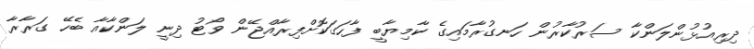
ދިރިއުޅުންލަންކާ ސަރުކާރުން ހަނގުރާމައިގެ ކާމިޔާބީ ފާހަގަކޮށްފިރާއްޖޭން ވޯޓު ދިނީ ލަންކާއާ ބެހޭ ގަރާރާ